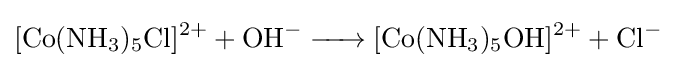
{\ce {[Co(NH3)5Cl]^2+ + OH- -> [Co(NH3)5OH]^2+ + Cl-}}